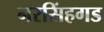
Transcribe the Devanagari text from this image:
नरसिंहगड